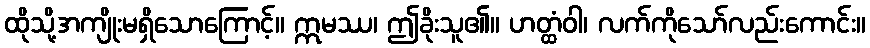
ထိုသို့အကျိုးမရှိသောကြောင့်။ ဣမဿ၊ ဤခိုးသူ၏။ ဟတ္ထံဝါ၊ လက်ကိုသော်လည်းကောင်း။